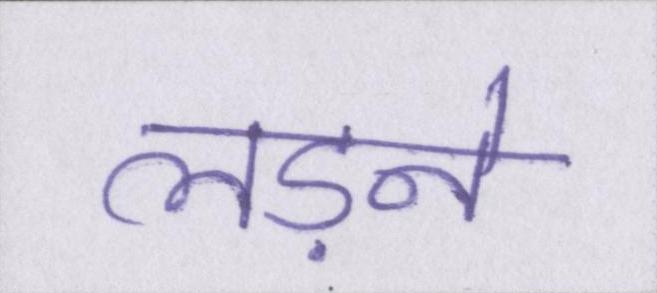
लड़ने